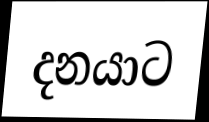
දනයාට